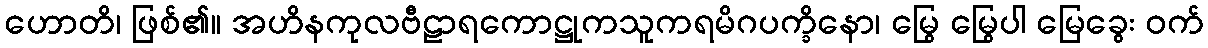
ဟောတိ၊ ဖြစ်၏။ အဟိနကုလဗီဠာရကောဋ္ဌုကသူကရမိဂပက္ခိနော၊ မြွေ မြွေပါ မြေခွေး ဝက်